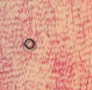
0